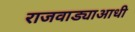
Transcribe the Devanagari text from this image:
राजवाड्याआधी